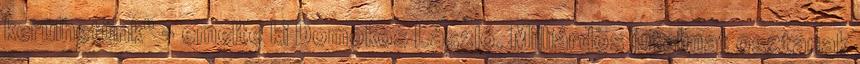
kerülhetünk" - emelte ki Domokos László. Milliárdos jutalmat osztanak